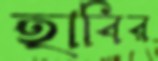
হাবির